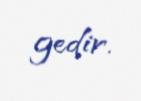
gedir.